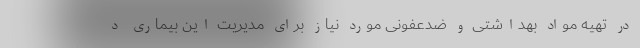
در تهیه مواد بهداشتی و ضدعفونی مورد نیاز برای مدیریت این بیماری د